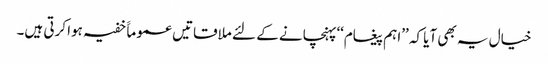
خیال یہ بھی آیا کہ ’’اہم پیغام‘‘پہنچانے کے لئے ملاقاتیں عموماََ خفیہ ہوا کرتی ہیں۔